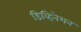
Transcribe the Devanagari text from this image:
डिव्हिनेशन